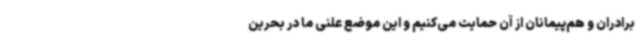
برادران و هم‌پیمانان از آن حمایت می‌کنیم و این موضع علنی ما در بحرین